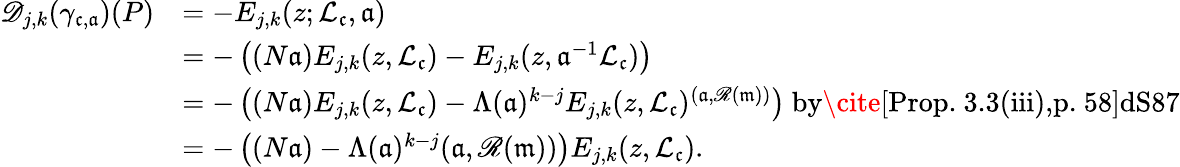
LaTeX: \begin{array}{rl}{\mathscr{D}_{j,k}(\gamma_{\mathfrak c,\mathfrak a})(P)}&{=-E_{j,k}(z;\mathcal{L}_{\mathfrak c},\mathfrak a)}\\ &{=-\left((N\mathfrak a)E_{j,k}(z,\mathcal{L}_{\mathfrak c})-E_{j,k}(z,\mathfrak a^{-1}\mathcal{L}_{\mathfrak c})\right)}\\ &{=-\left((N\mathfrak a)E_{j,k}(z,\mathcal{L}_{\mathfrak c})-\Lambda(\mathfrak a)^{k-j}E_{j,k}(z,\mathcal{L}_{\mathfrak c})^{(\mathfrak a,\mathscr{R}(\mathfrak m))}\right)\ \textrm{by\cite[Prop.~3.3(iii),p.~58]{dS87}}}\\ &{=-\left((N\mathfrak a)-\Lambda(\mathfrak a)^{k-j}(\mathfrak a,\mathscr{R}(\mathfrak m))\right)E_{j,k}(z,\mathcal{L}_{\mathfrak c}).}\end{array}